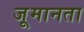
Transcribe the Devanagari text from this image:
जूमानता